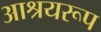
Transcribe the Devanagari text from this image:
आश्रयरूप